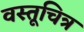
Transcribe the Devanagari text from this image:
वस्तूचित्र